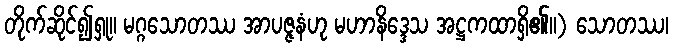
တိုက်ဆိုင်၍ရှု။ မဂ္ဂသောတဿ အာပဇ္ဇနံဟု မဟာနိဒ္ဒေသ အဋ္ဌကထာရှိ၏။) သောတဿ၊